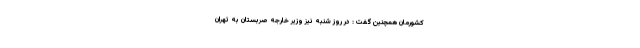
کشورمان همچنین گفت : در روز شنبه نیز وزیر خارجه صربستان به تهران